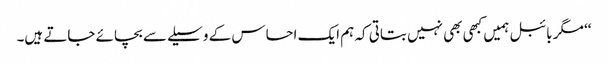
‘‘ مگر بائبل ہمیں کبھی بھی نہیں بتاتی کہ ہم ایک احساس کے وسیلے سے بچائے جاتے ہیں۔